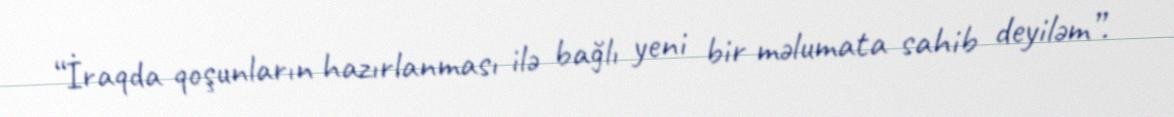
“İraqda qoşunların hazırlanması ilə bağlı yeni bir məlumata sahib deyiləm”.